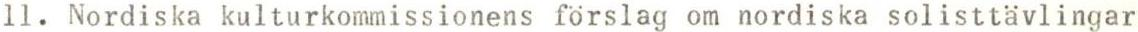
11. Nordiska kulturkommissionens förslag om nordiska solisttävlingar